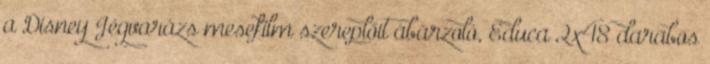
a Disney Jégvarázs mesefilm szereplőit ábárzoló, Educa 2x48 darabos